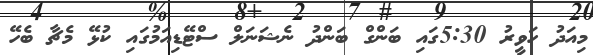
މިއަދު ހަވީރު 5:30ގައި ބަންގް ބަންދު ނެޝަނަލް ސްޓޭޑިއަމުގައި ކުޅޭ މެޗާ ބެހޭ